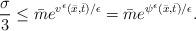
LaTeX: \begin{align*}\frac{\sigma}{3} \leq \bar{m} e^{v^\epsilon(\bar{x},\bar{t})/\epsilon} = \bar{m} e^{\psi^\epsilon(\bar{x},\bar{t})/\epsilon} .\end{align*}